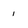
Character: 1